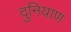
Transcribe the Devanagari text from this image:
दुनियाण